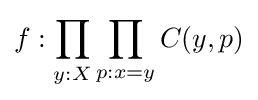
f:\prod _{y:X}\prod _{p:x=y}C(y,p)